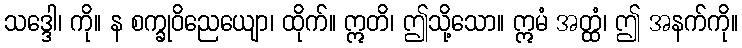
သဒ္ဒေါ၊ ကို။ န စက္ခုဝိညေယျော၊ ထိုက်။ ဣတိ၊ ဤသို့သော။ ဣမံ အတ္ထံ၊ ဤ အနက်ကို။